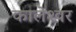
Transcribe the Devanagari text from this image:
कालेश्‍वर